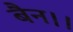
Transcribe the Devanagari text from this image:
बैन।।